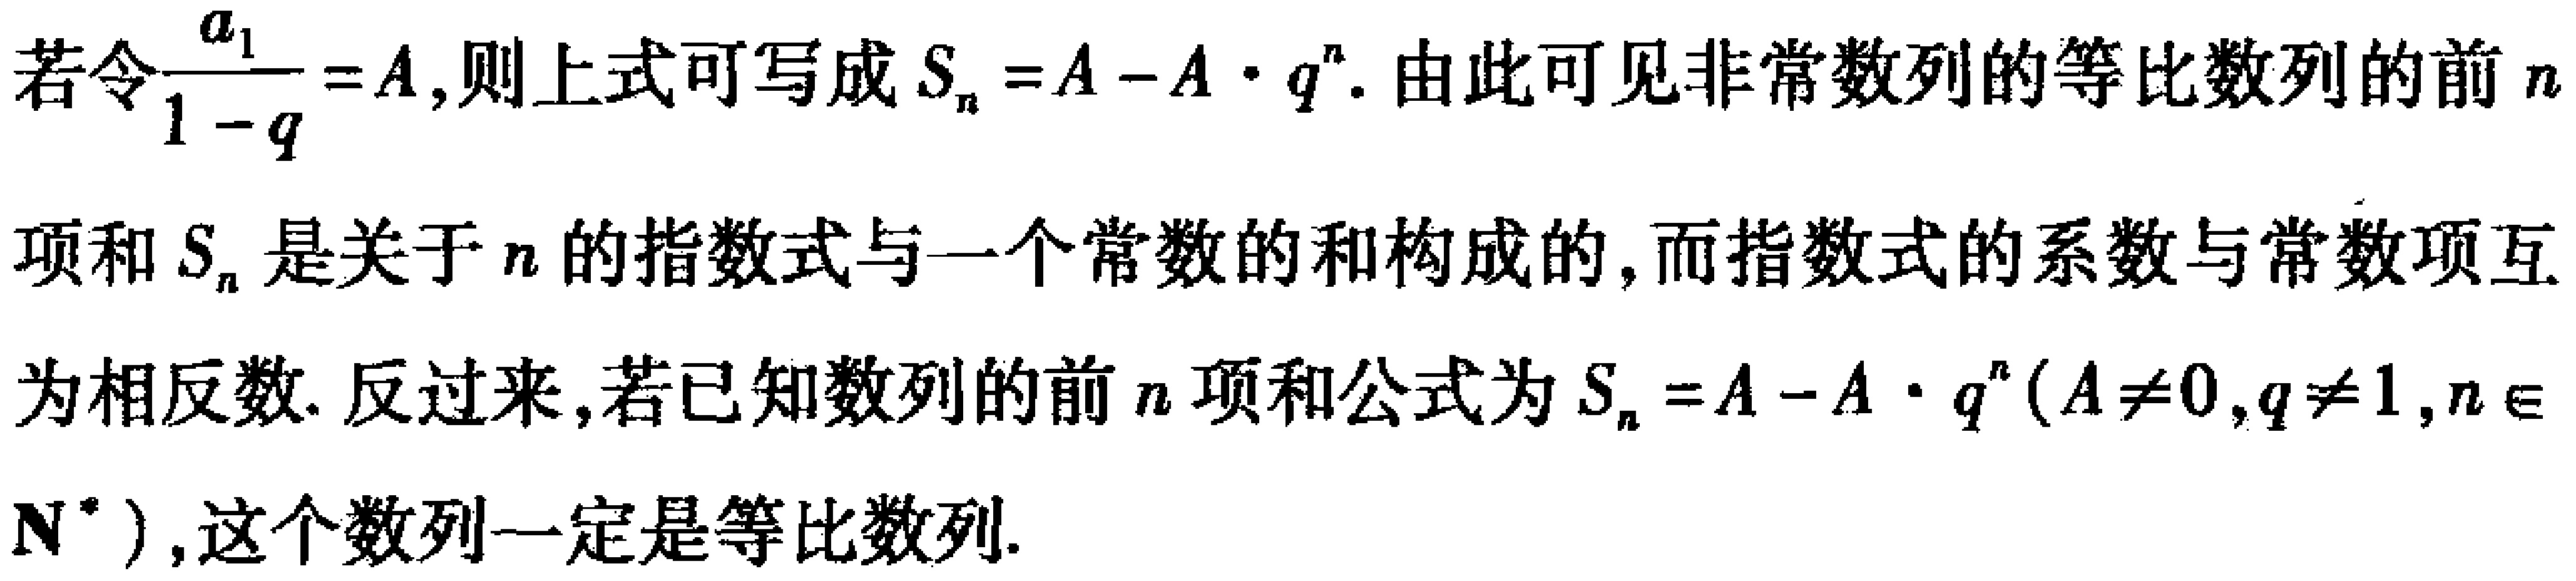
若令$\frac{a_{1}}{1 - q}=A$,则上式可写成$S_{n}=A - A\cdot q^{n}$.由此可见非常数列的等比数列的前$n$项和$S_{n}$是关于$n$的指数式与一个常数的和构成的,而指数式的系数与常数项互为相反数. 反过来,若已知数列的前$n$项和公式为$S_{n}=A - A\cdot q^{n}(A\neq0,q\neq1,n\in\mathbf{N}^{*})$,这个数列一定是等比数列.